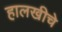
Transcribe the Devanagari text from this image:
हालखीचे